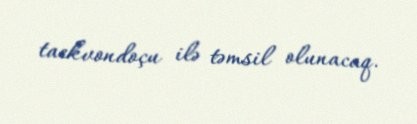
taekvondoçu ilə təmsil olunacaq.